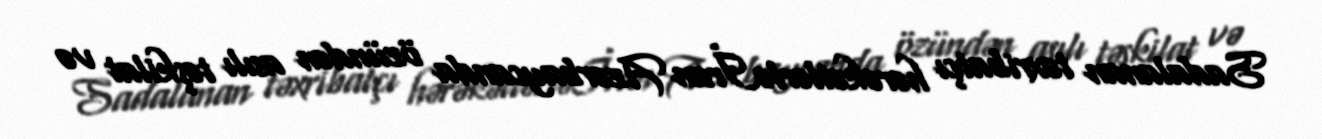
Sadalanan təxribatçı hərəkətlərləİran Azərbaycanda özündən asılı təşkilat və